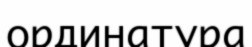
ординатура